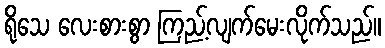
ရိုသေ လေးစားစွာ ကြည့်လျက်မေးလိုက်သည်။